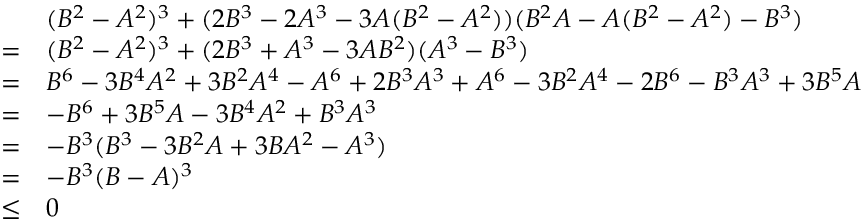
\begin{array} { r l } & { ( B ^ { 2 } - A ^ { 2 } ) ^ { 3 } + ( 2 B ^ { 3 } - 2 A ^ { 3 } - 3 A ( B ^ { 2 } - A ^ { 2 } ) ) ( B ^ { 2 } A - A ( B ^ { 2 } - A ^ { 2 } ) - B ^ { 3 } ) } \\ { = } & { ( B ^ { 2 } - A ^ { 2 } ) ^ { 3 } + ( 2 B ^ { 3 } + A ^ { 3 } - 3 A B ^ { 2 } ) ( A ^ { 3 } - B ^ { 3 } ) } \\ { = } & { B ^ { 6 } - 3 B ^ { 4 } A ^ { 2 } + 3 B ^ { 2 } A ^ { 4 } - A ^ { 6 } + 2 B ^ { 3 } A ^ { 3 } + A ^ { 6 } - 3 B ^ { 2 } A ^ { 4 } - 2 B ^ { 6 } - B ^ { 3 } A ^ { 3 } + 3 B ^ { 5 } A } \\ { = } & { - B ^ { 6 } + 3 B ^ { 5 } A - 3 B ^ { 4 } A ^ { 2 } + B ^ { 3 } A ^ { 3 } } \\ { = } & { - B ^ { 3 } ( B ^ { 3 } - 3 B ^ { 2 } A + 3 B A ^ { 2 } - A ^ { 3 } ) } \\ { = } & { - B ^ { 3 } ( B - A ) ^ { 3 } } \\ { \leq } & { 0 } \end{array}